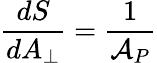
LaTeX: {\frac{dS}{dA_{\perp}}}={\frac{1}{{\cal A}_{P}}}